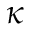
\kappa